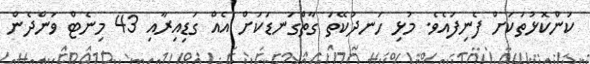
ކަންކޮޅުތަކަށް ފެނިފައެވެ. މުޅި ހަނދުކޭތަ ގާތްގަނޑަކަށް އެއް ގަޑިއިރާއި 43 މިނެޓް ވަންދެން